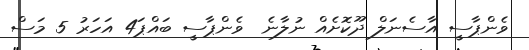
ވެންޕާސީ އާސެނަލް ދޫކޮށެއް ނުލާނެ  ވެންޕާސީ ބައްޕަ4 އަހަރު 5 މަސް